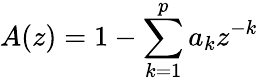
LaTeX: A(z)=1-\sum_{k=1}^{p}a_{k}z^{-k}